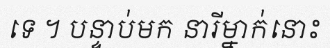
ទេ ។ បន្ទាប់មក នារីម្នាក់នោះ